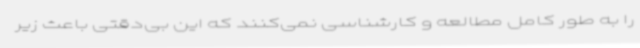
را به طور کامل مطالعه و کارشناسی نمی‌کنند که این بی‌دقتی باعث زیر